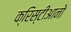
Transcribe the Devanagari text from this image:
क्रिस्टीआनो